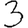
Digit: 3